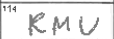
Transcription: RMU